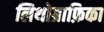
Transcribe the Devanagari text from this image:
लिथोग्राफ़िका